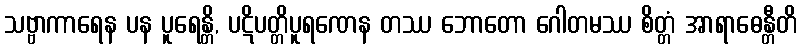
သဗ္ဗာကာရေန ပန ပူရေန္တိ, ပဋိပတ္တိပူရဏေန တဿ ဘောတော ဂေါတမဿ စိတ္တံ အာရာဓေန္တီတိ